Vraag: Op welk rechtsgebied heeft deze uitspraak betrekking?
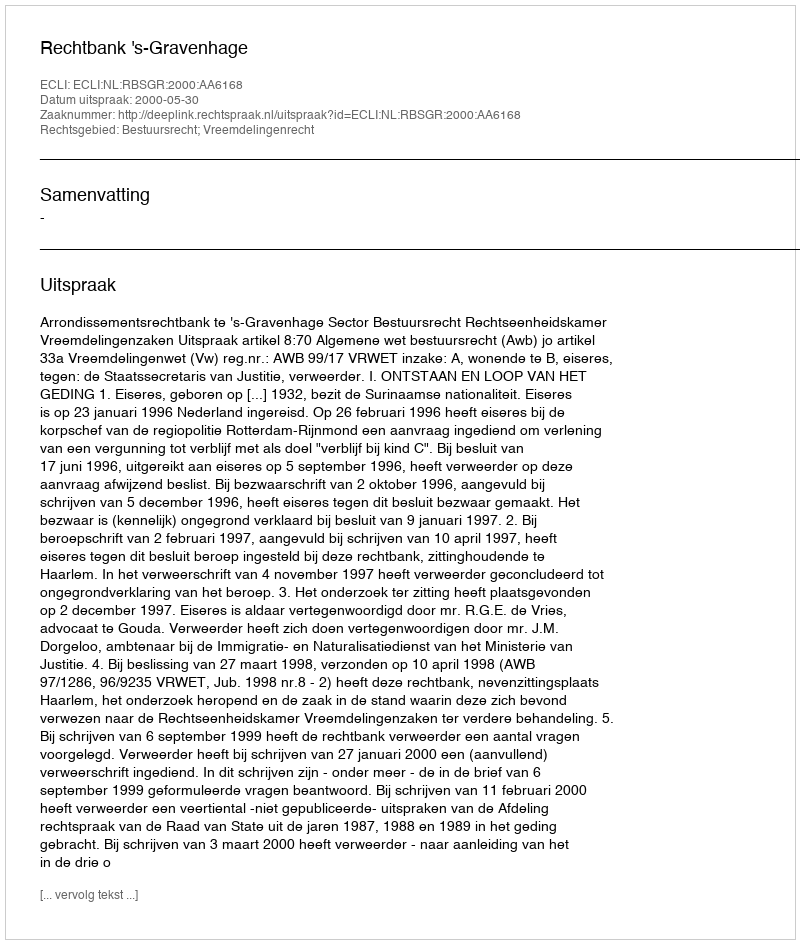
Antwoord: Bestuursrecht; Vreemdelingenrecht